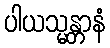
ပါယသ္မန္တာနံ